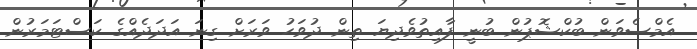
އެމްސެވަން ބުކްޝޮޕުން ބުނީ ފާއިތުވެދިޔަ ތިން ދުވަހު ވަރަށް ގިނަ އަދަދެއްގެ ކަސްޓަމަރުން